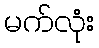
မက်လုံး